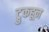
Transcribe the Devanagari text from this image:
ट्रुकहून